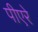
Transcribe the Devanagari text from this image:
पीएरे